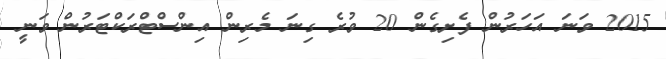
2015 ވަނަ އަހަރުން ފެށިގެން 20 ވުރެ ގިނަ މެރިން އިންސްޓްރަކްޓަރުން ވަނީ